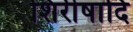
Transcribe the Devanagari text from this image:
शिरीषादि